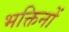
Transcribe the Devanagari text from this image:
भक्तिनों